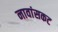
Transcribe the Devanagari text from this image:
नावांसकट